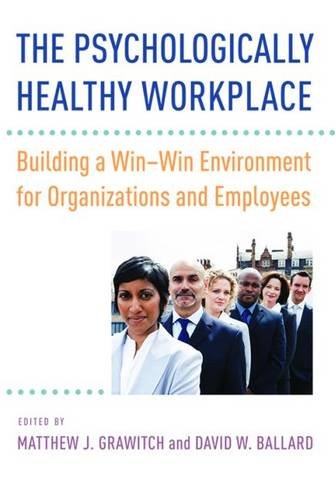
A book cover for The Psychologically Healthy Workplace: Building a Win-Win Environment for Organizations and Employees; Matthew J. Grawitch and David W. Ballard; Health, Fitness & Dieting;